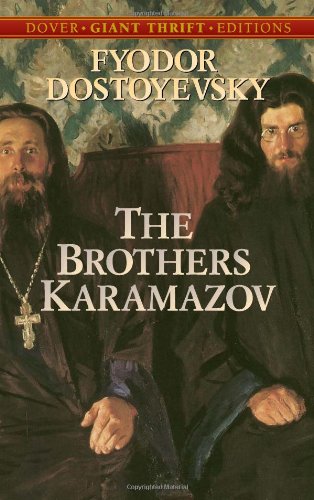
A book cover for The Brothers Karamazov (Dover Thrift Editions); Fyodor Dostoyevsky; Romance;